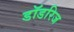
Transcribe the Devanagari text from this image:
डॉडरिज